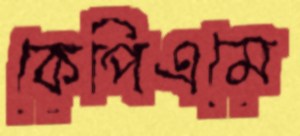
কেপিএমে